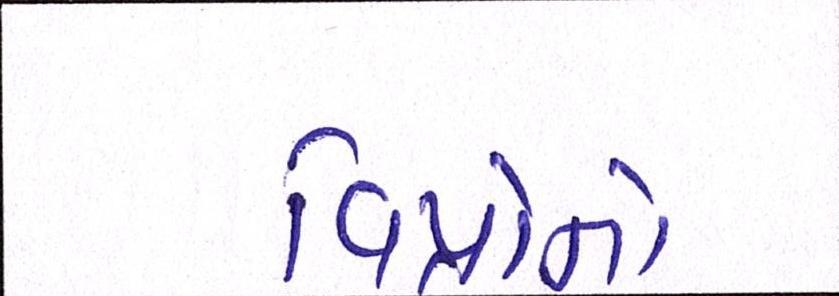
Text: વિપ્રોનો